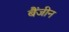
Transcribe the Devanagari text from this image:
बैंजीन